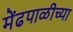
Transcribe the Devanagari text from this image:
मेंढपाळीच्या